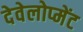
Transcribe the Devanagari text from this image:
देवेलोप्मेंट